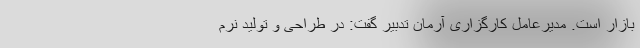
بازار است. مدیرعامل کارگزاری آرمان تدبیر گفت: در طراحی و تولید نرم